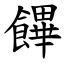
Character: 饆